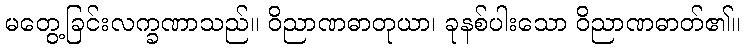
မတွေ့ခြင်းလက္ခဏာသည်။ ဝိညာဏဓာတုယာ၊ ခုနစ်ပါးသော ဝိညာဏဓာတ်၏။